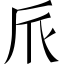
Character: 𠂢